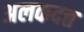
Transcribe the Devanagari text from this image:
अलकदत्त